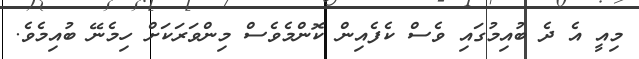
މިއީ އެ ދެ ބުއިމުގައި ވެސް ކެފެއިން ކޮންމެވެސް މިންވަރަކަށް ހިމެނޭ ބުއިމެވެ.